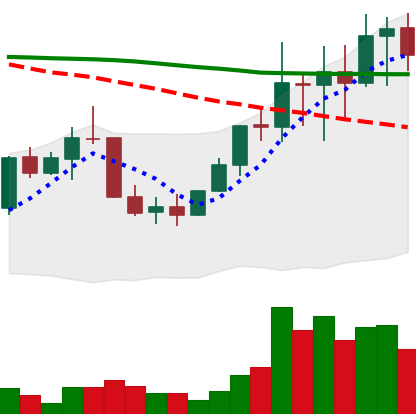
Ticker: LINK-USD
Chart end date: 2022-01-11
Forward return: -4.263%
Label: down_3_5